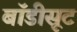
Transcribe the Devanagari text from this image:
बाॅडीसूट